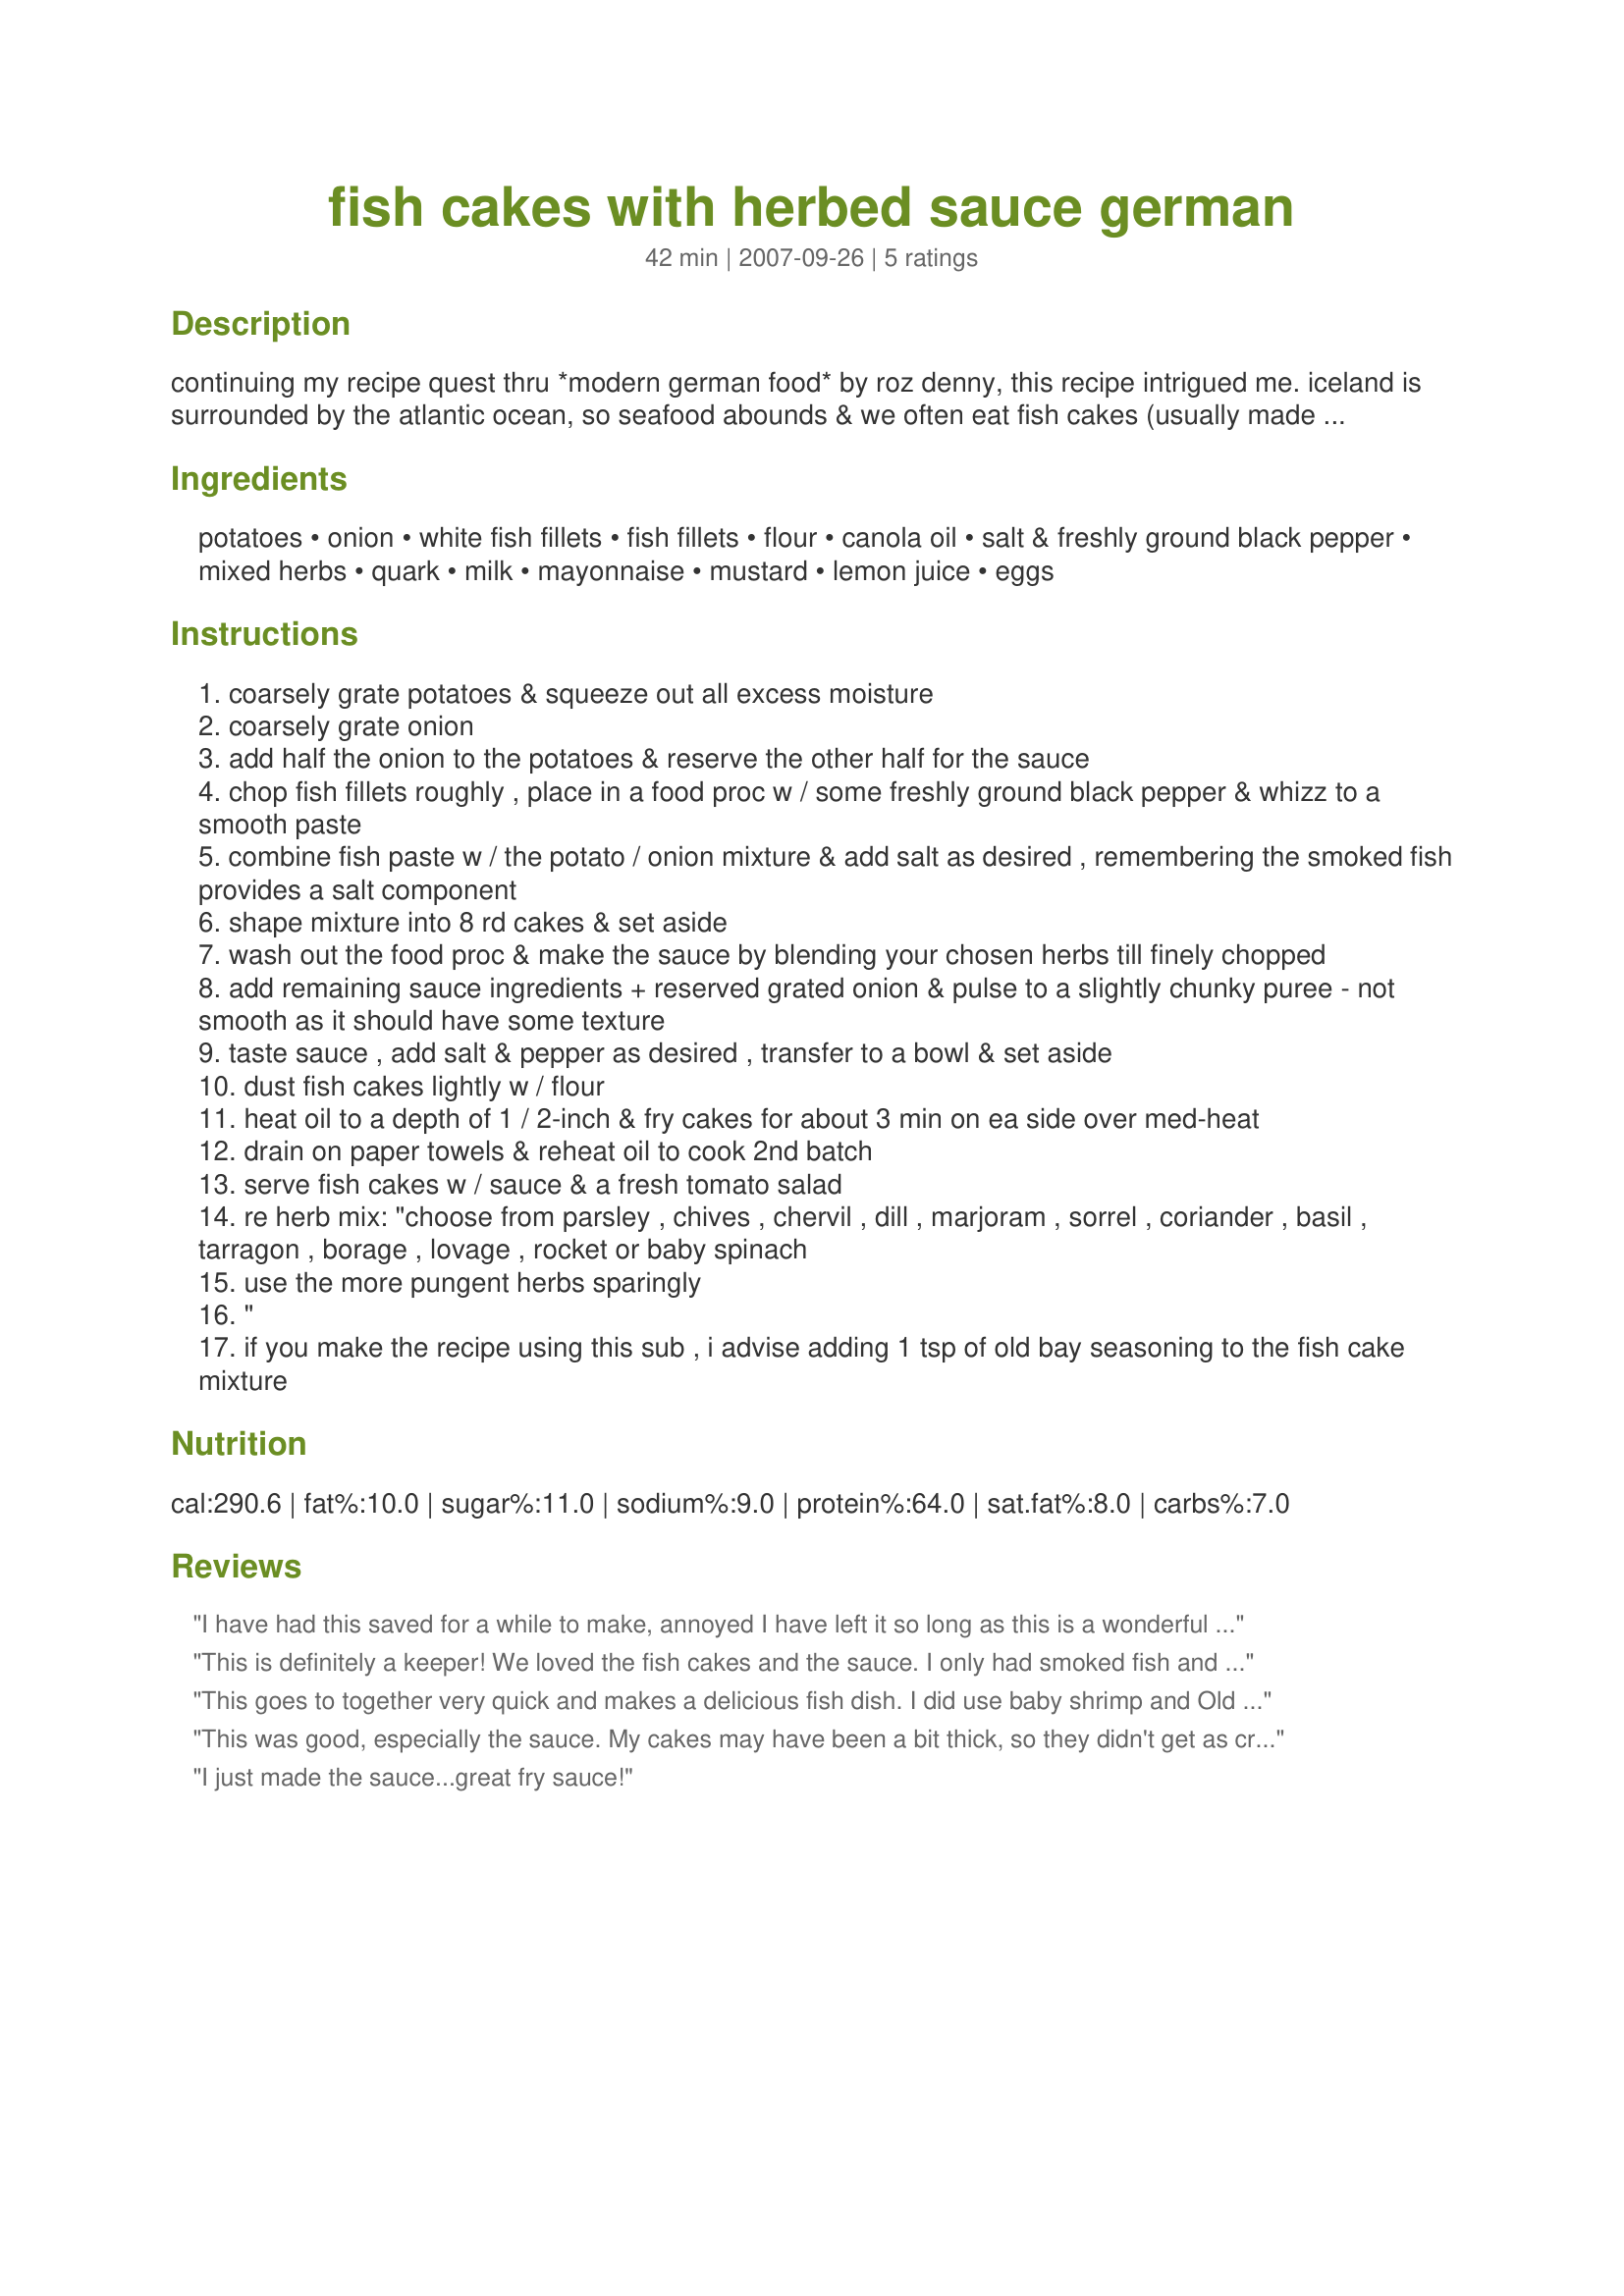
fish cakes with herbed sauce german
Preparation time: 42 minutes

continuing my recipe quest thru *modern german food* by roz denny, this recipe intrigued me. iceland is surrounded by the atlantic ocean, so seafood abounds & we often eat fish cakes (usually made w/white fish, salmon, tuna or crab). *fischfrikadellen mit gruner sauce* in german, this recipe uses white + smoked fish fillets & then compliments them w/an equally intriguing herbed sauce. i have not made this, but it will be on my cooking agenda after our return from the u.s. in mid-nov. *edited to add* on 4/3/08 -- i have made this recipe now, modified the sauce slightly to add some flavor zip & added a note below the prep re a substitution that works well. *enjoy* !

Ingredients:
potatoes, onion, white fish fillets, fish fillets, flour, canola oil, salt & freshly ground black pepper, mixed herbs, quark, milk, mayonnaise, mustard, lemon juice, eggs

Steps:
coarsely grate potatoes & squeeze out all excess moisture
coarsely grate onion
add half the onion to the potatoes & reserve the other half for the sauce
chop fish fillets roughly , place in a food proc w / some freshly ground black pepper & whizz to a smooth paste
combine fish paste w / the potato / onion mixture & add salt as desired , remembering the smoked fish provides a salt component
shape mixture into 8 rd cakes & set aside
wash out the food proc & make the sauce by blending your chosen herbs till finely chopped
add remaining sauce ingredients + reserved grated onion & pulse to a slightly chunky puree - not smooth as it should have some texture
taste sauce , add salt & pepper as desired , transfer to a bowl & set aside
dust fish cakes lightly w / flour
heat oil to a depth of 1 / 2-inch & fry cakes for about 3 min on ea side over med-heat
drain on paper towels & reheat oil to cook 2nd batch
serve fish cakes w / sauce & a fresh tomato salad
re herb mix: "choose from parsley , chives , chervil , dill , marjoram , sorrel , coriander , basil , tarragon , borage , lovage , rocket or baby spinach
use the more pungent herbs sparingly
"
if you make the recipe using this sub , i advise adding 1 tsp of old bay seasoning to the fish cake mixture

Reviews:
I have had this saved for a while to make, annoyed I have left it so long as this is a wonderful recipe. We absolutely loved the sauce, exceptional flavour. I made with white fish, smoked fish and salad prawns. The smoked fish I had was not enough in weight so I mixed in some prawns as well. I will say it was perfect in flavour, but I will say the weight of my smoked fish was only 170g and this was perfect. The amount listed is for about 255g I think this might over power these wonderful fish cakes. Although I will say I added extra seasoning as well, so this may be why. Whatever I may have changed. This is a wonderful dish and one I will be making again. Gorgeous, a definite winner twissis.
This is definitely a keeper! We loved the fish cakes and the sauce. I only had smoked fish and they were delicious. Next time I will try a mixture. Thanks for this recipe.
This goes to together very quick and makes a delicious fish dish. I did use baby shrimp and Old Bay seasoning. The shredded potatoes were spun dry in my salad spinner. The fish mixture was formed by hand into patties. For the sauce, I used a combination of basil, Greek oregano and thyme and Creme Fraiche for the Quark. I will keep this to try when I have smoked fish.
This was good, especially the sauce. My cakes may have been a bit thick, so they didn't get as crunchy as I'd hoped. I will keep it but I will need to get the hang of it.
I just made the sauce...great fry sauce!
